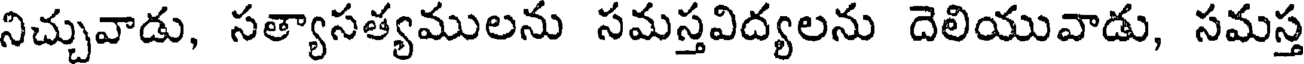
నిచ్చువాడు, సత్యాసత్యములను సమస్తవిద్యలను దెలియువాడు, సమస్త